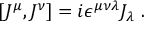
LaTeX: [ J ^ { \mu } , J ^ { \nu } ] = i \epsilon ^ { \mu \nu \lambda } J _ { \lambda } \; .